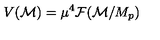
V ( { \cal M } ) = \mu ^ { 4 } { \cal F } ( { \cal M } / M _ { p } )